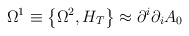
\begin{align*}\Omega^1\equiv \left\{\Omega^2 ,H_T\right\}\approx \partial^i \partial_i A_0 \end{align*}